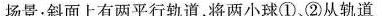
场景：斜面上有两平行轨道，将两小球①、②从轨道